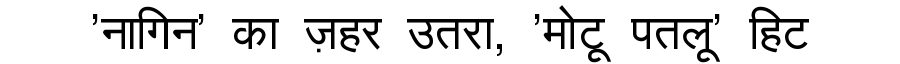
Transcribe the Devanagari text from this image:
'नागिन' का ज़हर उतरा, 'मोटू पतलू' हिट